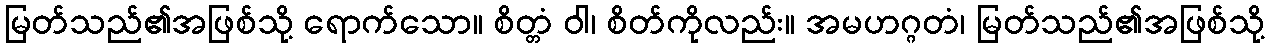
မြတ်သည်၏အဖြစ်သို့ ရောက်သော။ စိတ္တံ ဝါ၊ စိတ်ကိုလည်း။ အမဟဂ္ဂတံ၊ မြတ်သည်၏အဖြစ်သို့